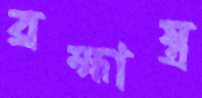
ব্রহ্মাস্ত্র